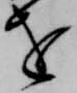
を